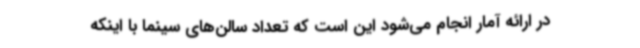
در ارائه آمار انجام می‌شود این است که تعداد سالن‌های سینما با اینکه